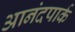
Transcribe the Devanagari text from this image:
आनंदपार्क